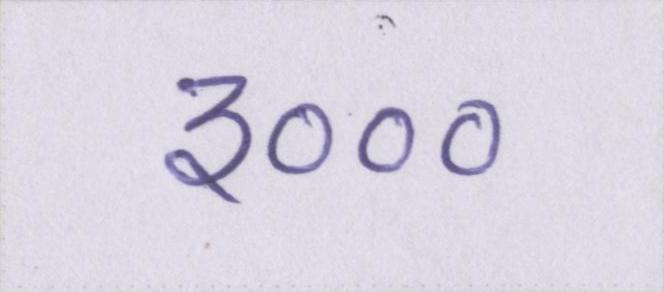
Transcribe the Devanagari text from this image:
३०००